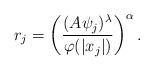
LaTeX: \begin{align*} r_j =\left(\frac{(A\psi_j)^\lambda}{\varphi(|x_j|)}\right)^\alpha . \end{align*}